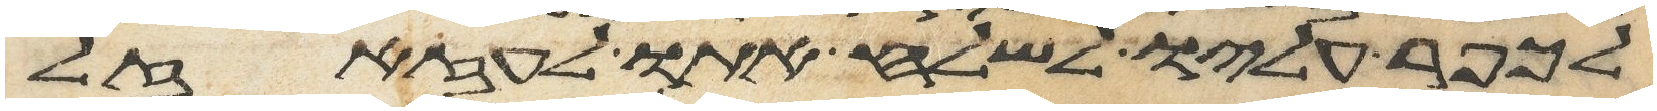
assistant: לכפר עליו לשלח אתו לעזזאל